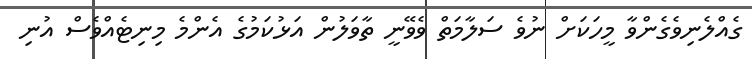
ގެއްލެނިވެގެންވާ މީހަކަށް ނުވެ ސަލާމަތް ވެވޭނީ ތާވަލުން އަޅުކަމުގެ އެންމެ މިނިޓެއްވެސް އުނި